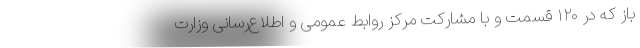
باز که در ۱۲۰ قسمت و با مشارکت مرکز روابط عمومی و اطلاع‌رسانی وزارت